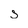
Character: s